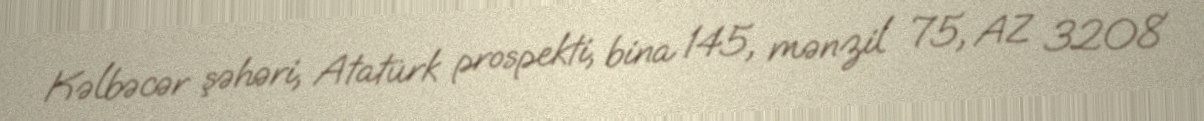
Kəlbəcər şəhəri, Atatürk prospekti, bina 145, mənzil 75, AZ 3208